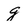
Character: g